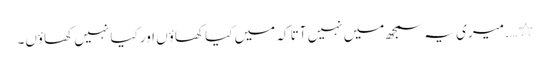
٭ …. میری یہ سمجھ میں نہیں آتا کہ میں کیا کھاؤں اور کیا نہیں کھاؤں۔